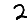
Digit: 2